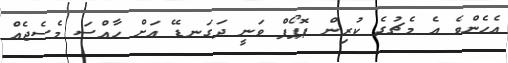
އެހެންވެ އެ މެޗުގެ ކުރިން ޕޮޕޯފް ވަނީ ދަގަނޑޭ އަށް ހާއްސަ މެސެޖެއް